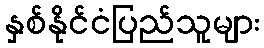
နှစ်နိုင်ငံပြည်သူများ